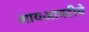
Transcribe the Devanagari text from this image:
आयआयटीचे